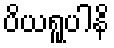
ပိယရူပါနိ